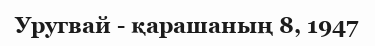
Уругвай - қарашаның 8, 1947